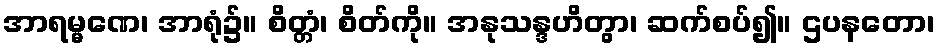
အာရမ္မဏေ၊ အာရုံ၌။ စိတ္တံ၊ စိတ်ကို။ အနုသန္ဒဟိတွာ၊ ဆက်စပ်၍။ ဌပနတော၊